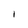
Character: I